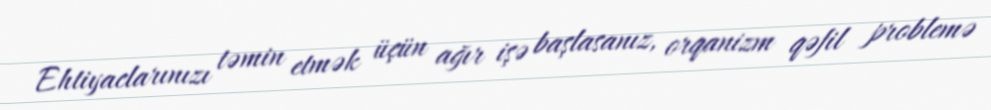
Ehtiyaclarınızı təmin etmək üçün ağır işə başlasanız, orqanizm qəfil problemə